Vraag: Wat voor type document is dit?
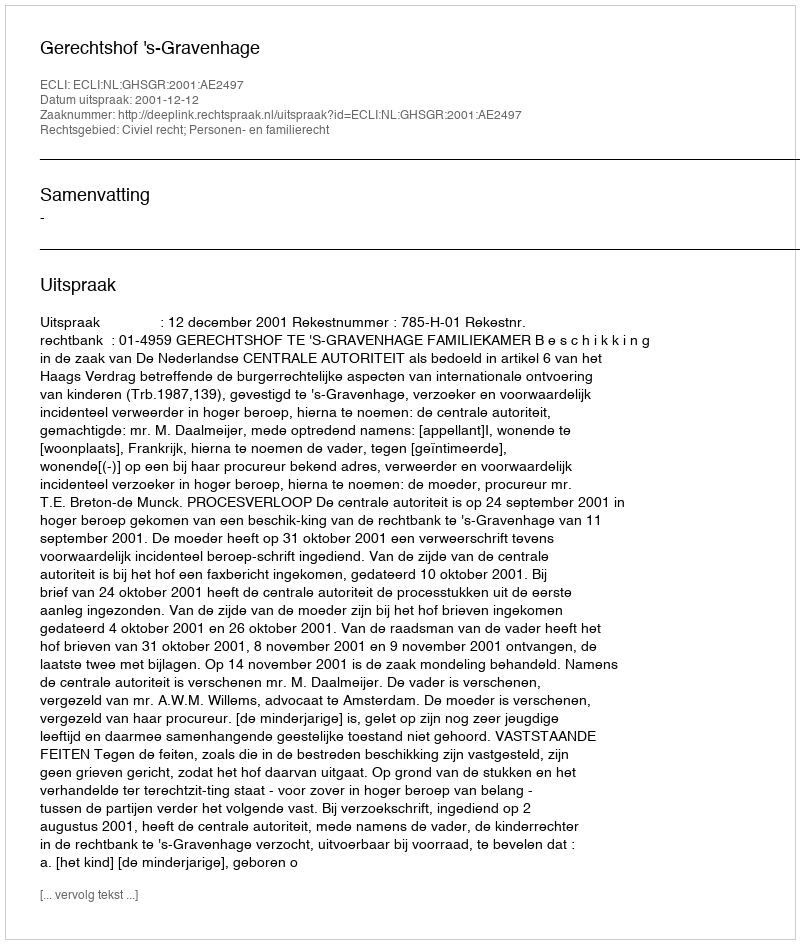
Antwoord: Uitspraak